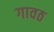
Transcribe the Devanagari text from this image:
गावठ